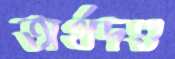
অর্থদণ্ড